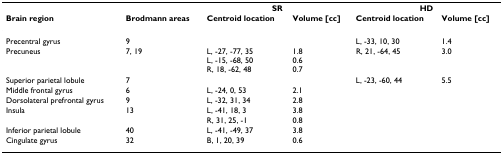
|  |  | <COLSPAN=2> SR | <COLSPAN=2> HD |
 | Brain region | Brodmann areas | Centroid location | Volume [cc] | Centroid location | Volume [cc] |
 | --- | --- | --- | --- | --- | --- |
 | Precentral gyrus | 9 |  |  | L, -33, 10, 30 | 1.4 |
 | Precuneus | 7, 19 | L, -27, -77, 35L, -15, -68, 50R, 18, -62, 48 | 1.80.60.7 | R, 21, -64, 45 | 3.0 |
 | Superior parietal lobule | 7 |  |  | L, -23, -60, 44 | 5.5 |
 | Middle frontal gyrus | 6 | L, -24, 0, 53 | 2.1 |  |  |
 | Dorsolateral prefrontal gyrus | 9 | L, -32, 31, 34 | 2.8 |  |  |
 | Insula | 13 | L, -41, 18, 3R, 31, 25, -1 | 3.80.8 |  |  |
 | Inferior parietal lobule | 40 | L, -41, -49, 37 | 3.8 |  |  |
 | Cingulate gyrus | 32 | B, 1, 20, 39 | 0.6 |  |  |